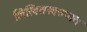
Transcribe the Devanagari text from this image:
लिखितस्वरुपात